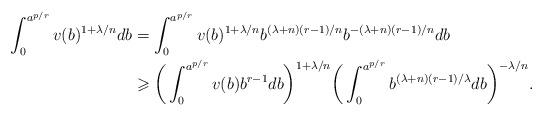
LaTeX: \begin{align*}\int_0^{a^{p/r}} v(b)^{1+\lambda/n} db &= \int_0^{a^{p/r}} v(b)^{1+\lambda/n} b^{(\lambda +n)(r-1)/n} b^{-(\lambda +n)(r-1)/n} db\\&\geqslant \bigg(\int_0^{a^{p/r}} v(b) b^{r-1} db \bigg)^{1+\lambda/n} \bigg(\int_0^{a^{p/r}} b^{(\lambda +n)(r-1)/\lambda} db \bigg)^{-\lambda/n}.\end{align*}